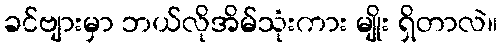
ခင်ဗျားမှာ ဘယ်လိုအိမ်သုံးကား မျိုး ရှိတာလဲ။